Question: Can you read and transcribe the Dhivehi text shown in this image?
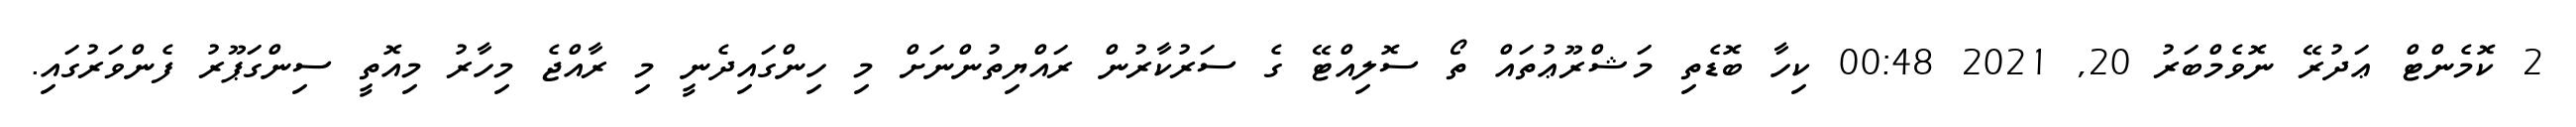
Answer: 2 ކޮމެންޓް ޢަދުރޭ ނޮވެމްބަރު 20, 2021 00:48 ކިހާ ބޮޑެތި މަޝްރޫޢުތައް ތޯ ސޮލިއްޓޭ ގެ ސަރުކާރުން ރައްޔިތުންނަށް މި ހިންގައިދެނީ މި ރާއްޖެ މިހާރު މިއޮތީ ސިންގަޕޫރު ފެންވަރުގައި.